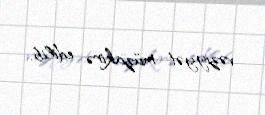
vəziyyət müzakirə edilib.